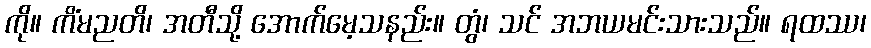
ကို။ ကိံမညတိ၊ အတီသို့ အောက်မေ့သနည်း။ တွံ၊ သင် အဘယမင်းသားသည်။ ရထဿ၊